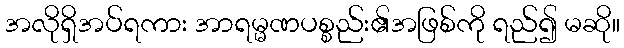
အလိုရှိအပ်ရကား အာရမ္မဏပစ္စည်း၏အဖြစ်ကို ရည်၍ မဆို။